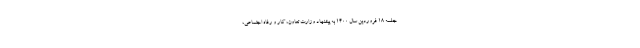
جلسه ۱۸ فروردین سال ۱۴۰۰ به پیشنهاد وزارت تعاون، کار و رفاه اجتماعی،